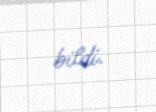
bildi.